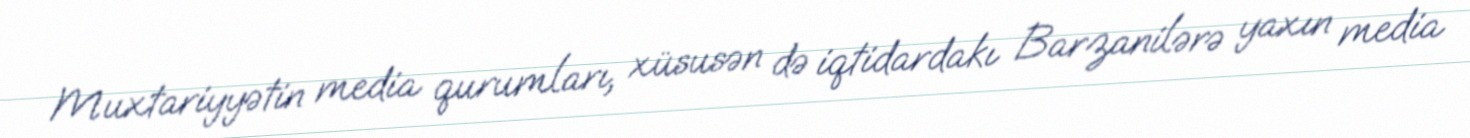
Muxtariyyətin media qurumları, xüsusən də iqtidardakı Barzanilərə yaxın media